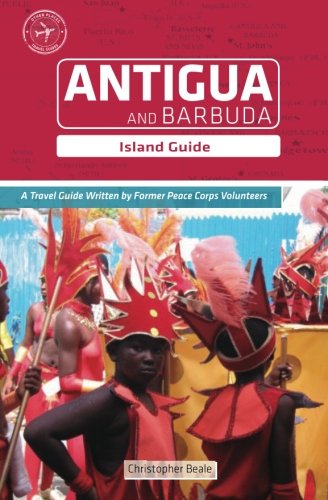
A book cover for Antigua and Barbuda: Island Guide; Christopher Beale; Travel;